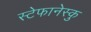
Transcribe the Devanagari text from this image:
स्टेफानेस्कु